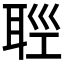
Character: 𦕭